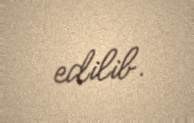
edilib.